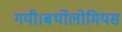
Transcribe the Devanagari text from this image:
गयी।बर्थोलोमियस